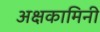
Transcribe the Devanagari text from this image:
अक्षकामिनी